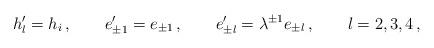
LaTeX: \begin{align*} h'_l = h_i \, , \qquad e'_{\pm 1} = e_{\pm 1} \, , \qquad e'_{\pm l} = \lambda^{\pm 1} e_{\pm l} \, , \qquad l=2,3,4 \, ,\end{align*}